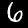
Label: 6